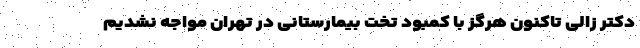
دکتر زالی تاکنون هرگز با کمبود تخت بیمارستانی در تهران مواجه نشدیم